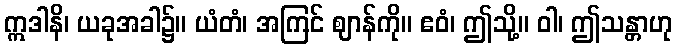
ဣဒါနိ၊ ယခုအခါ၌။ ယံတံ၊ အကြင် ဈာန်ကို။ ဧဝံ၊ ဤသို့။ ဝါ၊ ဤသန္တာဟု